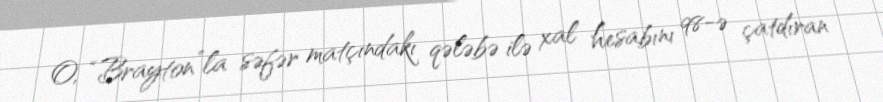
O, “Brayton”la səfər matçındakı qələbə ilə xal hesabını 98-ə çatdıran